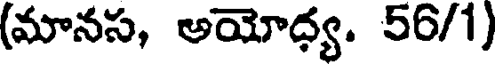
(మానస, అయోధ్య. 56/1)